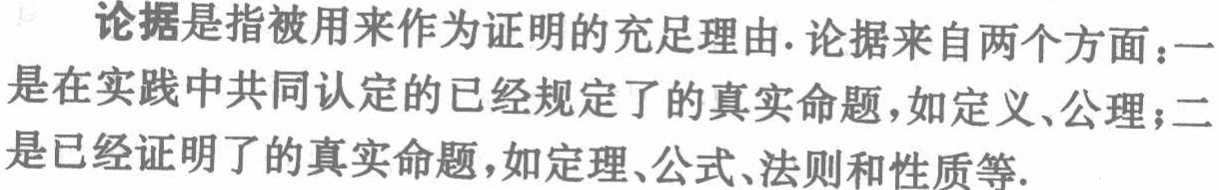
论据是指被用来作为证明的充足理由. 论据来自两个方面：一是在实践中共同认定的已经规定了的真实命题，如定义、公理；二是已经证明了的真实命题，如定理、公式、法则和性质等.